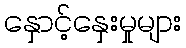
နှောင့်နှေးမှုများ